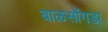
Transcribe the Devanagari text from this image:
बाळसोंगडा